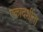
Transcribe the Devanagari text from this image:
एकादशींना